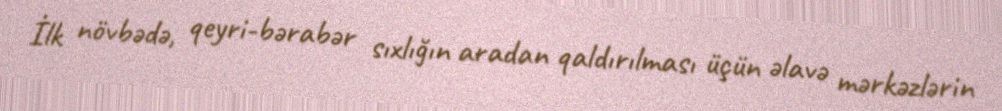
İlk növbədə, qeyri-bərabər sıxlığın aradan qaldırılması üçün əlavə mərkəzlərin